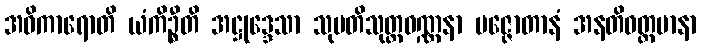
အဓိကာရောတိ ယံကိဉ္စီတိ အဋ္ဌုဒ္ဒေသာ သုပတိသုတ္တဝဏ္ဏနာ ပဇ္ဇောတာနံ အနတိဝတ္တမာနာ